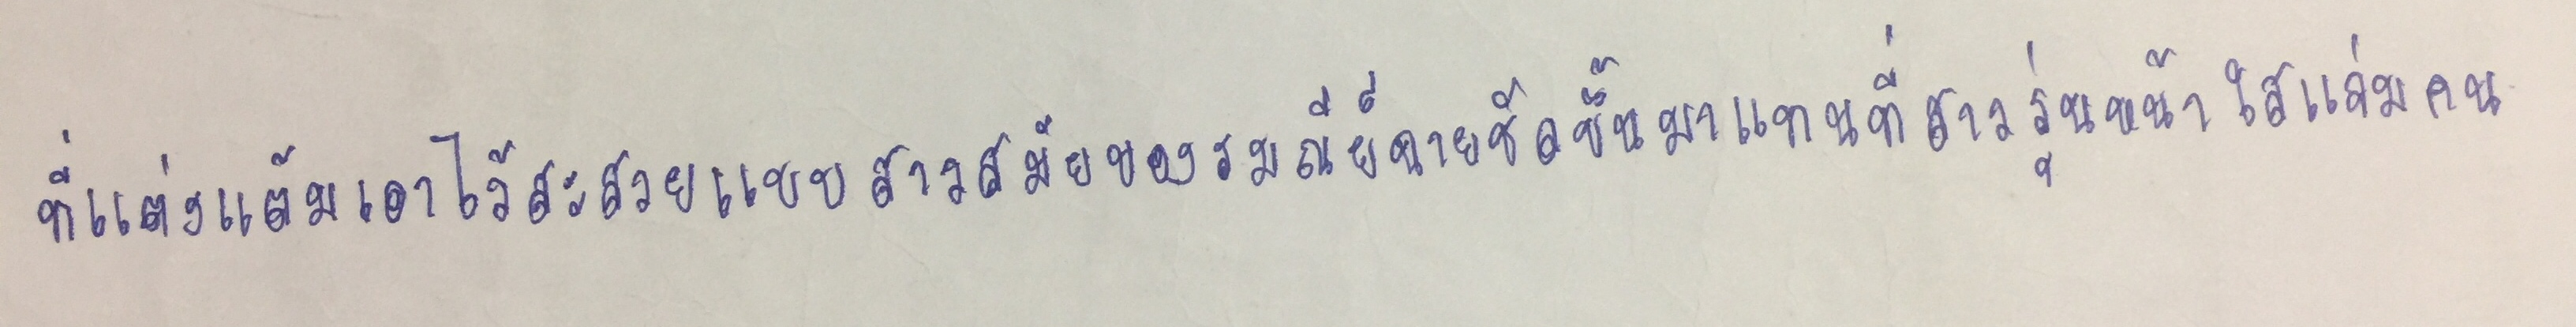
ที่แต่งแต้มเอาไว้สะสวยแบบสาวสมัยของรมณีย์ฉายชัดขึ้นมาแทนที่สาวรุ่นหน้าใสแจ่มคน